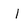
Character: I